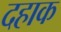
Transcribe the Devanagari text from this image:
दहाक